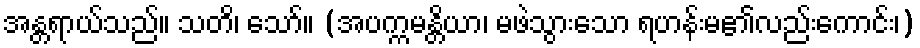
အန္တရာယ်သည်။ သတိ၊ သော်။ (အပက္ကမန္တိယာ၊ မဖဲသွားသော ရဟန်းမ၏လည်းကောင်း၊)